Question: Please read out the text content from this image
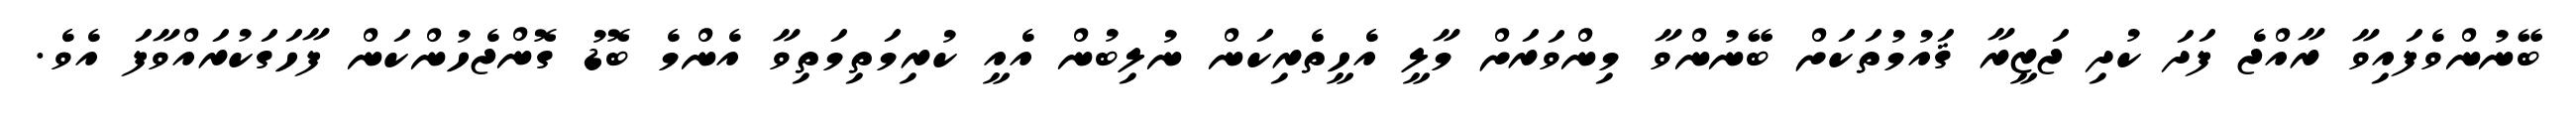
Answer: ބޭނުންވެފައިވާ ރާއްޖެ ފަދަ ކުދި ޖަޒީރާ ޤައުމުތަކަށް ބޭނުންވާ މިންވަރަށް މާލީ އެހީތެރިކަން ނުލިބުން އެއީ ކުރިމަތިމަތިވާ އެންމެ ބޮޑު ގޮންޖެހުންކަން ފާހަގަކުރައްވާފަ އެވެ.